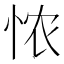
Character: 𢙐